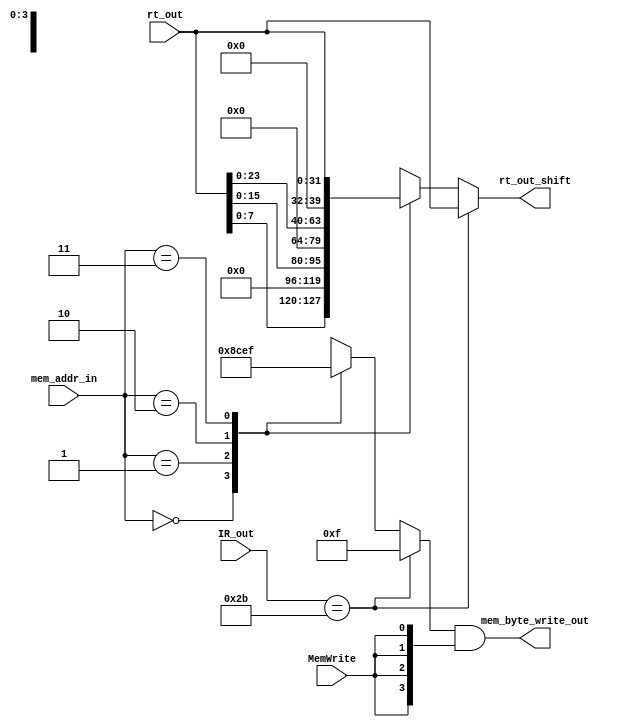
module reg_shifter(
	input [31:0] rt_out,
	input	[1:0] mem_addr_in,
	input	MemWrite,
	input [5:0] IR_out,
	output reg [31:0] rt_out_shift,
	output reg [3:0] mem_byte_write_out
);
reg [3:0]mem_byte_write;
always @ (*)
begin
	if (IR_out == 6'b101011) begin rt_out_shift = rt_out;mem_byte_write=4'b1111;end
	else begin
		case (mem_addr_in)
			2'b00: begin rt_out_shift = {rt_out[7:0],  24'b0};mem_byte_write=4'b1000;end
			2'b01: begin rt_out_shift = {rt_out[15:0], 16'b0};mem_byte_write=4'b1100;end
			2'b10: begin rt_out_shift = {rt_out[23:0], 8'b0};mem_byte_write=4'b1110;end
			2'b11: begin rt_out_shift = rt_out;mem_byte_write=4'b1111;end
		endcase
	end
	mem_byte_write_out = mem_byte_write & {4{MemWrite}};
end
endmodule